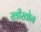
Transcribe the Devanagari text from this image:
खीखोन